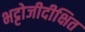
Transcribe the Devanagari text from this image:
भट्टोजीदीक्षित